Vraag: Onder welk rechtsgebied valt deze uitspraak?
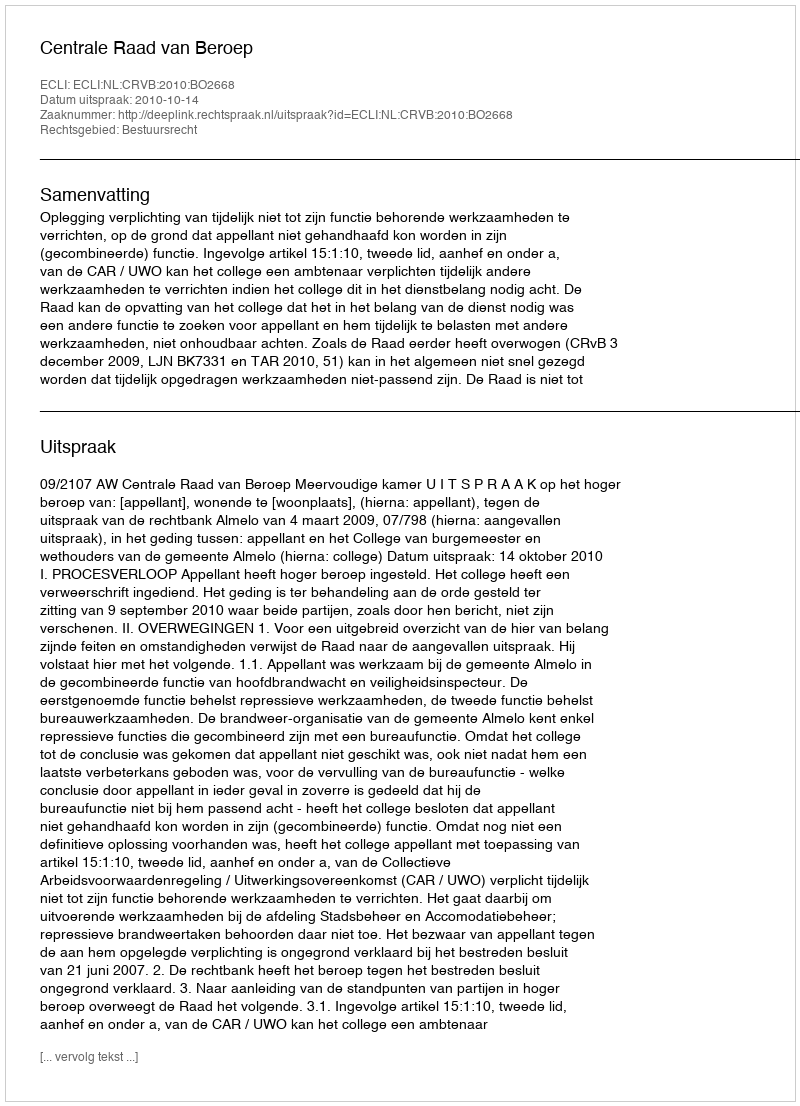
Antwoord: Bestuursrecht